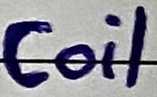
Text: Coil